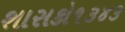
શાસકો૧૩૪૩